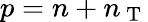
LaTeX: {{p=n+n_{\mathrm{~T~}}}}